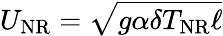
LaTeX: U_{\mathrm{NR}}=\sqrt{g\alpha\delta T_{\mathrm{NR}}\ell}